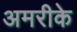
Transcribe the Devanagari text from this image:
अमरीके